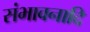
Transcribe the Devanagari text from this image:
संभावनादि